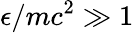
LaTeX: \epsilon/mc^{2}\gg 1